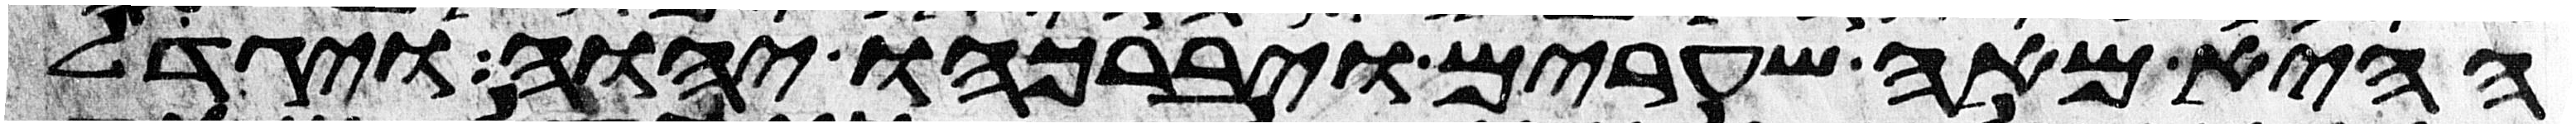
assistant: ההיא מאה שערים ויברכהו יהוה ויגדל